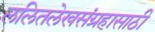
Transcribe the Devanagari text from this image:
ललितलेखसंग्रहासाठी